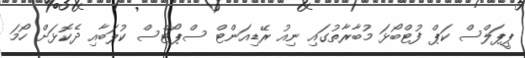
ޕީޕަލްސް ކަޕް ފުޓްބޯޅަ މުބާރާތުގައި ނިއު ރޭޑިއަންޓް ސްޕޯޓްސް ކުލަބާއި ދެކޮޅަށް ހޯމަ